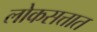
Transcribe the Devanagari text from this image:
लोकसत्तात